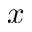
x